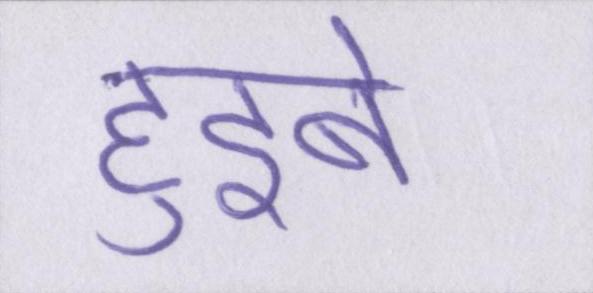
हुइबे